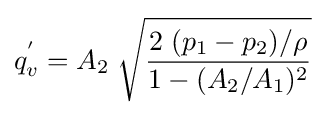
q_{v}^{'}=A_{2}\;{\sqrt {\frac {2\;(p_{1}-p_{2})/\rho }{1-(A_{2}/A_{1})^{2}}}}